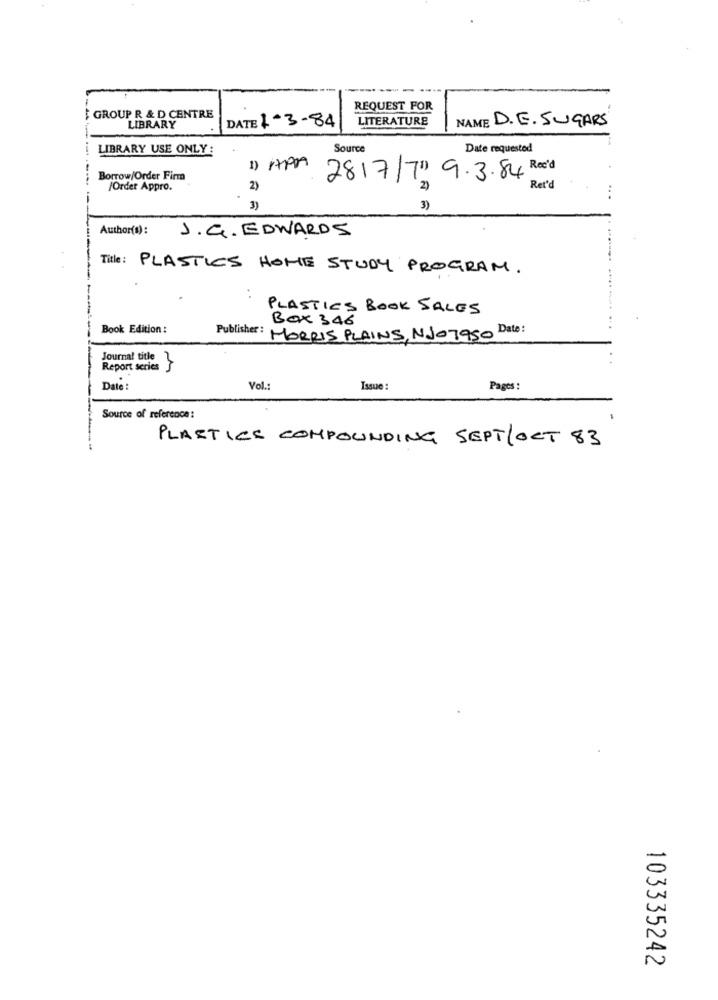
REQUEST FOR
GROUP R & D CENTRE
DATE 1-3-84
LITERATURE
NAME D.E. SUGARS
LIBRARY
LIBRARY USE ONLY :
Source
Date requested
1) APA
Borrow/Order Firm
2817/71) 9.3.84 Rx'd
/Order Appro.
2)
Ret'd
...
3)
3)
J. G. EDWARDS
Author(s):
Title: PLASTICS HOHE STUDY PROGRAM.
PLASTICS BOOK SALES
Box 346
Book Edition :
Publisher : MORRIS PLAINS, NJ07950 Date:
Journal title
Report series.
~
Date :
Vol .:
Issue :
Pages :
Source of reference :
-
PLASTICS COMPOUNDING SEPT/OCT 83
103335242